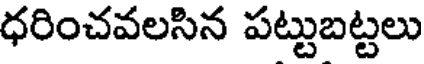
ధరించవలసిన పట్టుబట్టలు